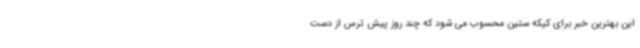
این بهترین خبر برای کیکه ستین محسوب می شود که چند روز پیش ترس از دست